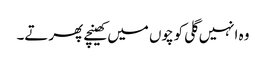
وہ انہیں گلی کوچوں میں کھینچے پھرتے۔